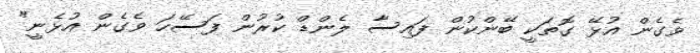
ވެގެން އުޅޭ ގޮތަކީ ބޭންކުން ފައިސާ ލެންޑް ކުރުން ފަސޭހަ ވެގެން އުޅެނީ"